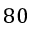
8 0